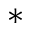
*